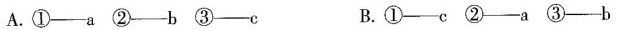
A.①--a②--b③--c B.①--c②-a③--b